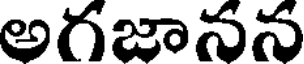
అగజానన